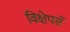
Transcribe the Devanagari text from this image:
विक्षेपसे